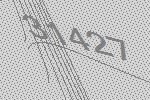
31427